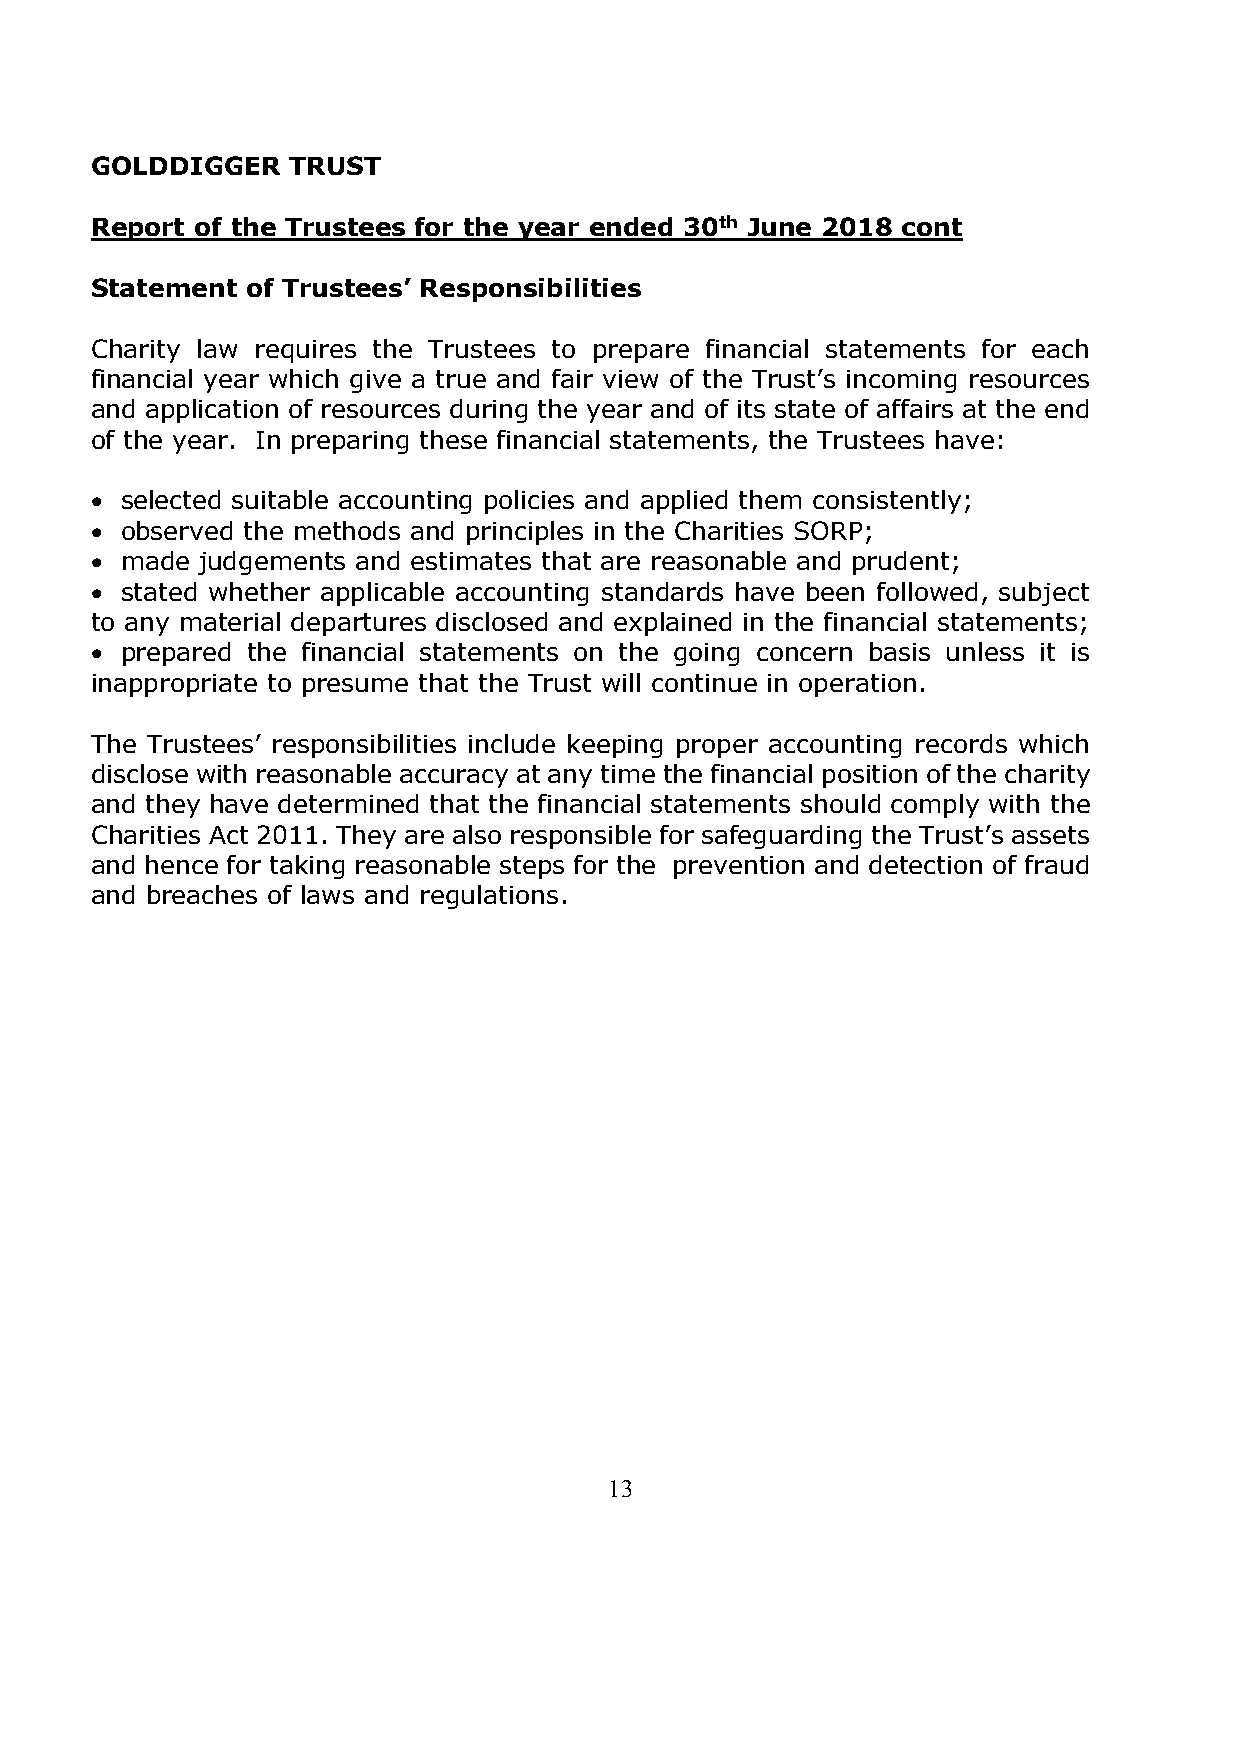
GOLDDIGGER   TRUST
 Report of the Trustees for the year ended 30th June 2018 cont
 Statement of Trustees’ Responsibilities
 Charity law requires the Trustees to prepare financial statements for each
 financial year which give a true and fair view of the Trust’s incoming resources
 and application of resources during the year and of its state of affairs at the end
 of the year. In preparing these financial statements, the Trustees have:
 • selected suitable accounting policies and applied them consistently;
 • observed the methods and principles in the Charities SORP;
 • made judgements and estimates that are reasonable and prudent;
 • stated whether applicable accounting standards have been followed, subject
 to any material departures disclosed and explained in the financial statements;
 • prepared the financial statements on the going concern basis unless it is
 inappropriate to presume that the Trust will continue in operation.
 The Trustees’ responsibilities include keeping proper accounting records which
 disclose with reasonable accuracy at any time the financial position of the charity
 and they have determined that the financial statements should comply with the
 Charities Act 2011. They are also responsible for safeguarding the Trust’s assets
 and hence for taking reasonable steps for the prevention and detection of fraud
 and breaches of laws and regulations.
 13